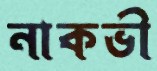
নাকভী